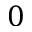
0